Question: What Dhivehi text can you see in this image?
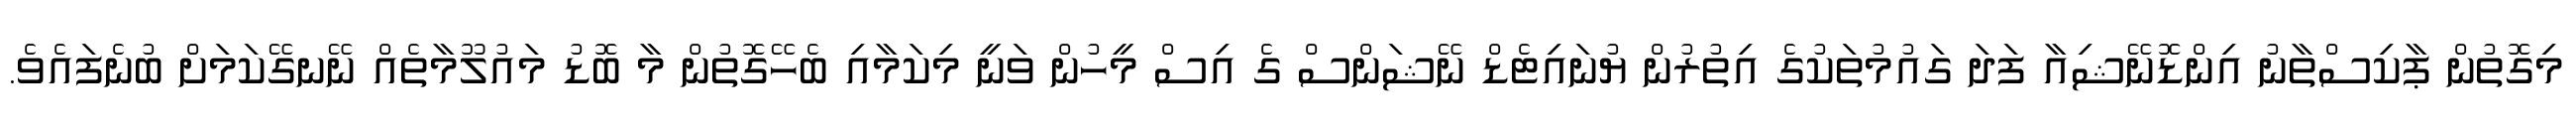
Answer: މިގޮތުން ޕާކިސްތާނު އިންޑޮނޭޝިއާ ފަދަ ގައުމުތަކުގެ އިތުރުން ޔުނައިޓެޑް ނޭޝަންސް ގެ އިސް މީހުން ވަނީ މިކަމާއި ބެހޭގޮތުން މާ ބޮޑު މައުލޫމާތެއް ނޭނގޭކަމަށް ބުނެފައެވެ.